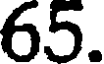
65.